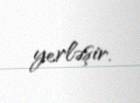
yerləşir.